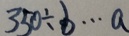
3 5 0 \div b \cdots a